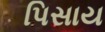
પિસાય